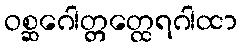
ဝစ္ဆဂေါတ္တတ္ထေရဂါထာ